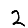
Digit: 2